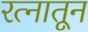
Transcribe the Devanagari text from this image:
रत्‍नातून